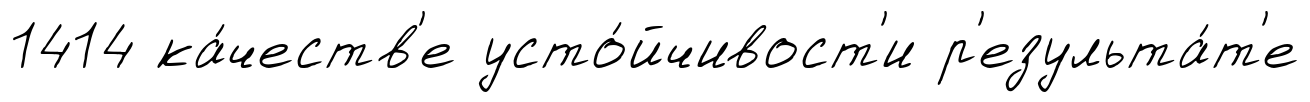
1414 ка́честв'е усто́йчивост'и р'езульта́т'е